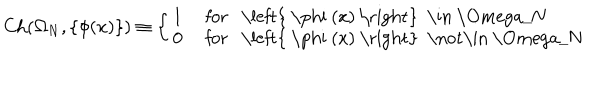
\mathrm { C h } ( \Omega _ { N } , \left\{ \phi ( x ) \right\} ) \equiv \left\{ \left\{ \begin{cases} { { 1 } } & { { f o r \left\{ \phi ( x ) \right\} \in \Omega _ { N } } } \\ { { 0 } } & { { f o r \left\{ \phi ( x ) \right\} \not \in \Omega _ { N } } } \\ \end{cases} \right. \right.